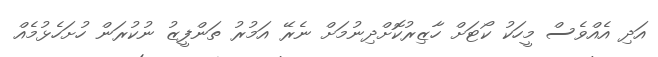
އަދި އެއްވެސް މީހަކު ކޯޓަށް ހާޒިރުކޮށްދިނުމަށް ނެރޭ އަމުރު ތަންފީޒު ނުކުރަން ހުށަހެޅުމެއް